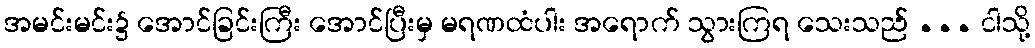
အမင်းမင်း၌ အောင်ခြင်းကြီး အောင်ပြီးမှ မရဏထံပါး အရောက် သွားကြရ သေးသည် ... ငါသို့